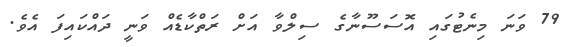
79 ވަނަ މިނެޓުގައި އޮސަސޫނާގެ ސިލްވާ އަށް ރަތްކާޑެއް ވަނީ ދައްކައިފަ އެވެ.